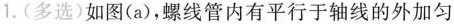
1.(多选)如图(a)，螺线管内有平行于轴线的外加匀